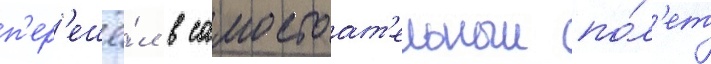
п'ер'ешё́л в самостоат'ельныи по́л'ет